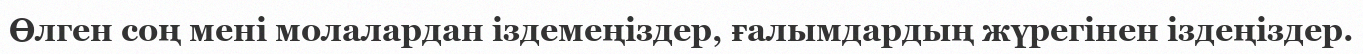
Өлген соң мені молалардан іздемеңіздер, ғалымдардың жүрегінен іздеңіздер.